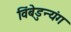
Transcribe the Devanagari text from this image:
विंबेडुन्यंग